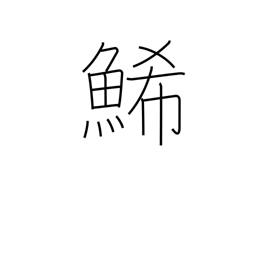
Meaning: yellow fish (herring) eggs (sushi)